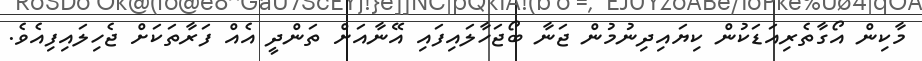
މާކިން އޯގާތެރިއަޑަކުން ކިޔައިދިނުމުން ޖަނާ ބޯޖަހާލައިފައި އޭނާއަށް ތަންދީ އެއް ފަރާތަކަށް ޖެހިލައިފިއެވެ.